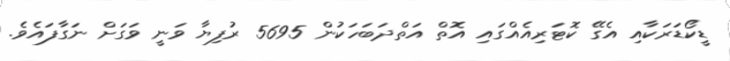
ޑީކޯޑަރަކާއި އެގޭ ކޮޓަރިއެއްގައި އޮތް އަތްދަބަހަކުން 5695 ރުފިޔާ ވަނީ ވަގަށް ނަގާފައެވެ.